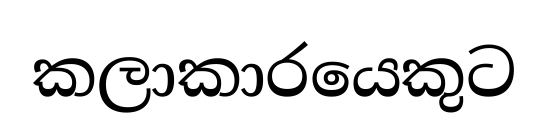
කලාකාරයෙකුට